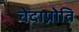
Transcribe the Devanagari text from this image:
चेदाप्नोति